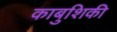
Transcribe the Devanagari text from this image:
काबुशिकी